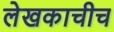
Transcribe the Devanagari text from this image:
लेखकाचीच